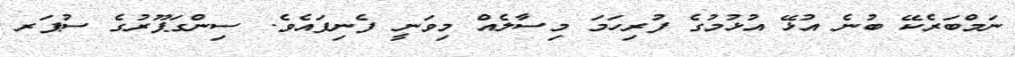
ނަމްބަރެކޭ ބުނެ އުޅޭ އުޅުމުގެ ފުރިހަމަ މިސާލެއް މިވަނީ ފެނިފައެވެ. ސިންގަޕޫރުގެ ސުޕަރ